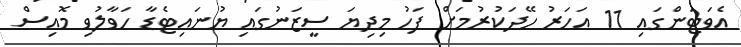
އެވަޓަންގައި 11 އަހަރު ހޭދަކުރުމަށް ފަހު މިދިޔަ ސީޒަނުގައި ޔުނައިޓެޑާ ހަވާލުވި މޮއިސް